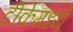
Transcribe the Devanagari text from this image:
टीकेमध्ये